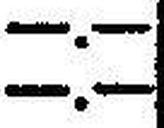
—.—